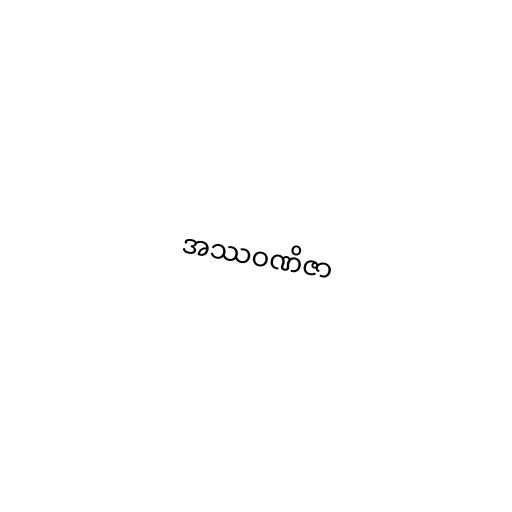
အဿဝဏိဇာ